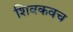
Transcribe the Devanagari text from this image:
शिवकवच